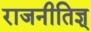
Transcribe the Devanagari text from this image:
राजनीतिज्ञ्